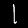
Digit: 1